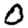
Digit: 0